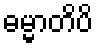
ဓမ္မာတိပိ